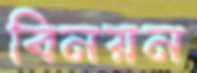
বিনয়ন